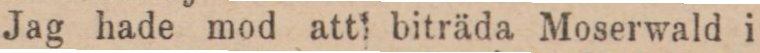
Jag hade mod att biträda Moserwald i